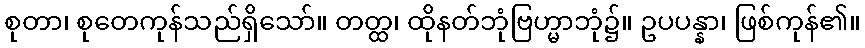
စုတာ၊ စုတေကုန်သည်ရှိသော်။ တတ္ထ၊ ထိုနတ်ဘုံဗြဟ္မာဘုံ၌။ ဥပပန္နာ၊ ဖြစ်ကုန်၏။